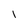
Character: 1